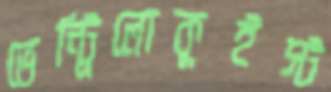
ভেন্ট্রিলোকুইস্ট